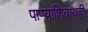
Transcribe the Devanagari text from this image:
पाण्याशिवायही